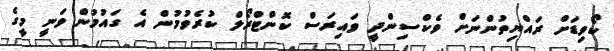
ކޯވިޑަށް ރައްޔިތުންނަށް ވެކްސިންދީ ވައިރަސް ކޮންޓްރޯލް ކުރެވުމުން އެ ގައުމުން ވަނީ މީގެ